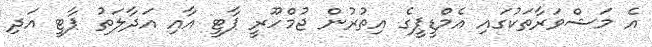
އެ މަޝްވަރާތަކުގައި އެމްޑީޕީގެ އިތުރުން ޖުމްހޫރީ ޕާޓީ އާއި އަދާލަތު ޕާޓީ އަދި